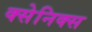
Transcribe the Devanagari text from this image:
क्सेनिक्स